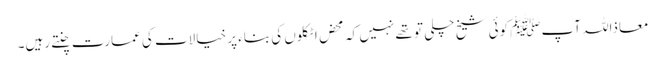
معاذاللہ آپﷺ کوئی شیخ چلی تو تھے نہیں کہ محض اٹکلوں کی بناء پر خیالات کی عمارت چنتے رہیں۔